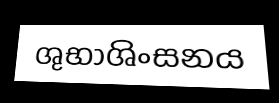
ශුභාශිංසනය